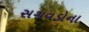
સગવડોના